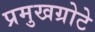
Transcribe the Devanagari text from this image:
प्रमुखग्रोटे